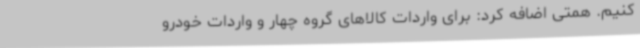
کنیم. همتی اضافه کرد: برای واردات کالاهای گروه چهار و واردات خودرو